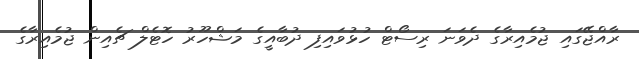
ރާއްޖޭގައި ޖުމެއިރާގެ ދެވަނަ ރިސޯޓް ހުޅުވައިފި ދުބާއީގެ މަޝްހޫރު ހޮޓެލް ޗެއިން ޖުމެއިރާގެ